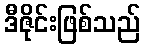
ဒီဇိုင်းဖြစ်သည်